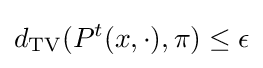
d_{\text{TV}}(P^{t}(x,\cdot ),\pi )\leq \epsilon